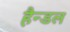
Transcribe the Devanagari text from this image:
हैन्डल